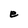
Character: e